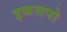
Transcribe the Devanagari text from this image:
इकसपो